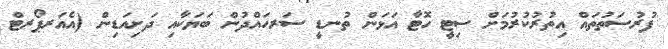
ފުރުސަތުތައް އިތުރުކުރުމަށް ސިޓީ ހޮޓާ އަޅަން ތުނޑީ ސަރހައްދުން ބަޔަކާއި ދަށިއަޑިން (އެއަރޕޯރޓް